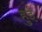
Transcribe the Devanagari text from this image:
हुर्इं